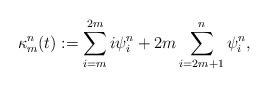
LaTeX: \begin{align*}\kappa^{n}_m(t) :=\sum_{i=m}^{2m} i\psi^{n}_i+2m\sum_{i=2m+1}^{n}\psi^{n}_i,\end{align*}